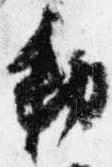
勅